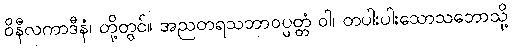
ဝိနီလကာဒီနံ၊ တို့တွင်။ အညတရသဘာဝပ္ပတ္တံ ဝါ၊ တပါးပါးသောသဘောသို့